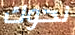
نحوك